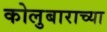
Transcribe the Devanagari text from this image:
कोलुबाराच्या